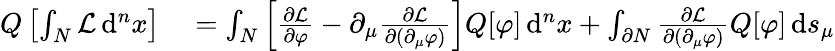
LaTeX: \begin{array}{rl}{Q\left[\int_{N}{\mathcal{L}}\, \mathrm{d}^{n}x\right]}&{{}=\int_{N}\left[{\frac{\partial{\mathcal{L}}}{\partial\varphi}}-\partial_{\mu}{\frac{\partial{\mathcal{L}}}{\partial(\partial_{\mu}\varphi)}}\right]Q[\varphi]\, \mathrm{d}^{n}x+\int_{\partial N}{\frac{\partial{\mathcal{L}}}{\partial(\partial_{\mu}\varphi)}}Q[\varphi]\, \mathrm{d}s_{\mu}}\end{array}